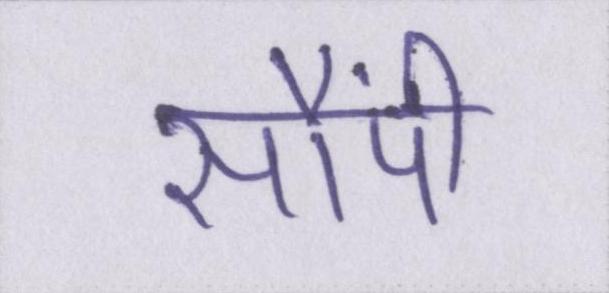
सौंपी